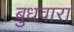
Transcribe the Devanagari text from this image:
बुधवारा